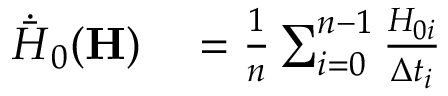
\begin{array} { r l } { \dot { \bar { H } } _ { 0 } ( \mathbf { H } ) } & { { } = \frac { 1 } { n } \sum _ { i = 0 } ^ { n - 1 } \frac { H _ { 0 i } } { \Delta t _ { i } } } \end{array}